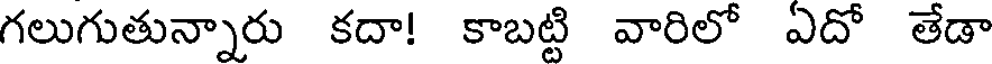
గలుగుతున్నారు కదా! కాబట్టి వారిలో ఏదో తేడా